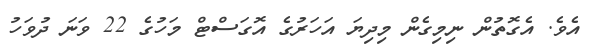
އެވެ. އެގޮތުން ނިމިގެން މިދިޔަ އަހަރުގެ އޮގަސްޓް މަހުގެ 22 ވަނަ ދުވަހު